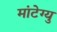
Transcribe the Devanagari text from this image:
मांटेग्यु